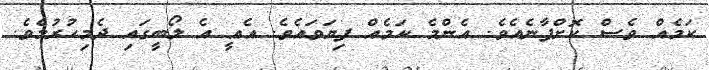
ކަމެއް ވެސް ކޮށްފާނެއެވެ. އެންމެ ކަމެއް ފިޔަވައެވެ. އެއީ އެ ލޯބީގައި ދެމިހުރުމެވެ.